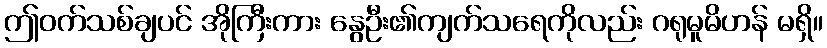
ဤဝက်သစ်ချပင် အိုကြီးကား နွေဦး၏ကျက်သရေကိုလည်း ဂရုမူမိဟန် မရှိ။